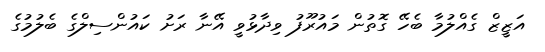
އަޒީޒް ގެއްލުމާ ބެހޭ ގޮތުން މައުރޫފު ވިދާޅުވީ އޭނާ ރަށު ކައުންސިލްގެ ބެލުމުގެ